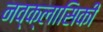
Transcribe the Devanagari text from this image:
नव्क्लासिकी